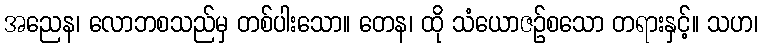
အညေန၊ လောဘစသည်မှ တစ်ပါးသော။ တေန၊ ထို သံယောဇဉ်စသော တရားနှင့်။ သဟ၊